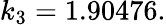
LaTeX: k_{3}=1.90476.